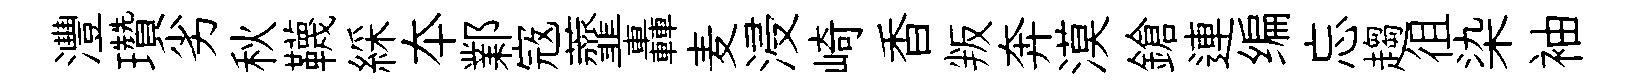
灃瓚劣秋韈綵夲鄴𡨥虀轟麦浸崎香叛奔漠鎗連编忘趨徂染袖